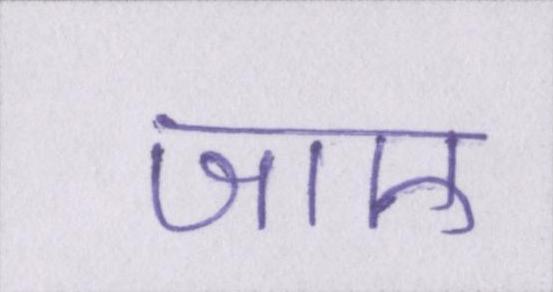
जाए